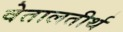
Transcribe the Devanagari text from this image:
वेतालतीर्थ